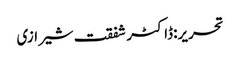
تحریر:ڈاکٹر شفقت شیرازی